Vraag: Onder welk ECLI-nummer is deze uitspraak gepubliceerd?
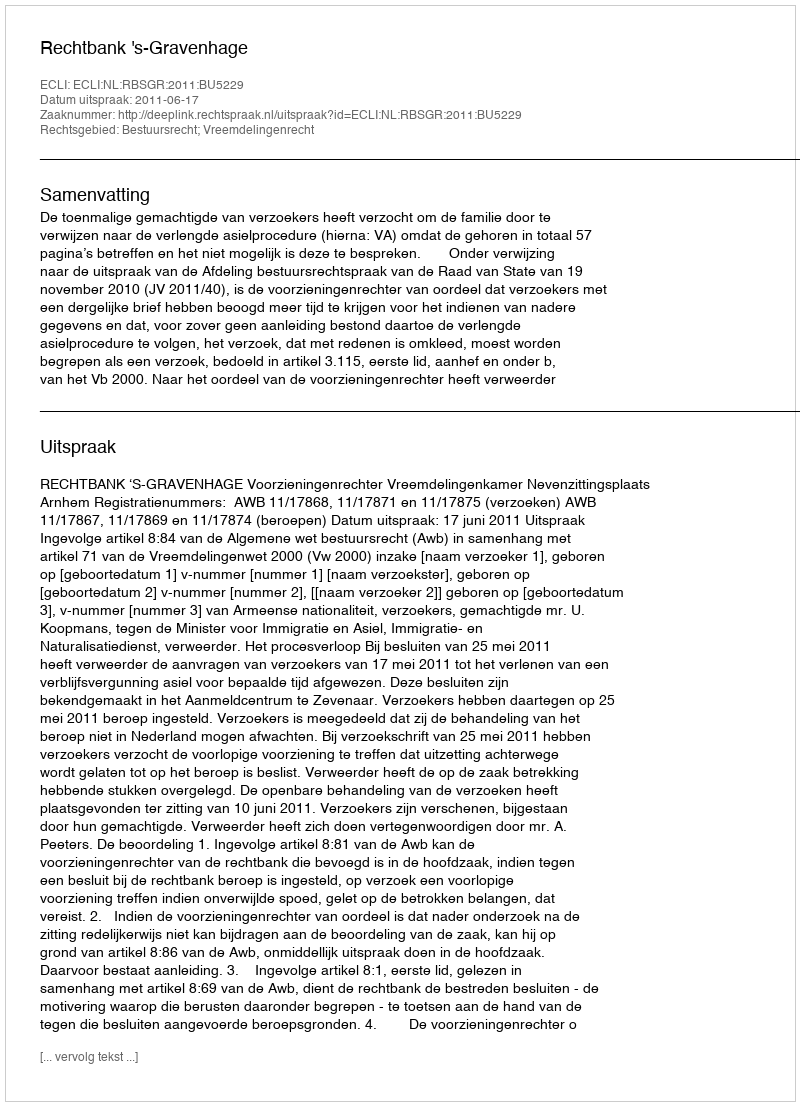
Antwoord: ECLI:NL:RBSGR:2011:BU5229